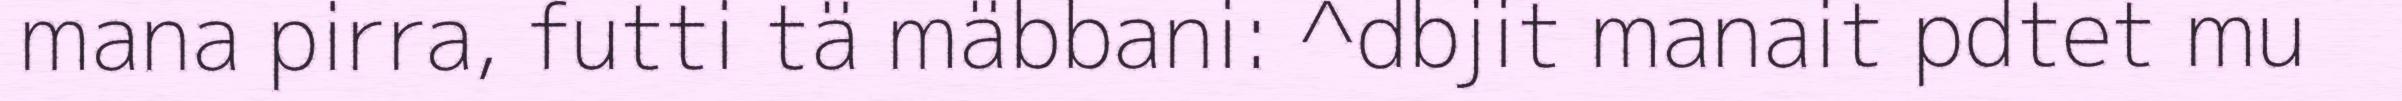
mana pirra, futti tä mäbbani: ^dbjit manait pdtet mu